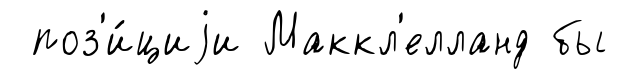
поз'и́циjи Маккл'елланд бы